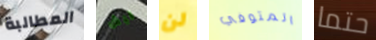
المطالبة ليش لن المتوفي حتما